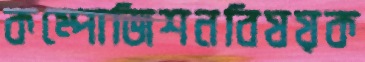
কম্পোজিশনবিষয়ক